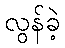
လွန်ခဲ့